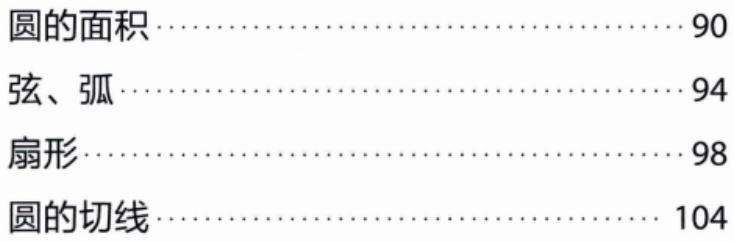
圆的面积\hspace{10em}90\\

弦、弧\hspace{15em}94\\

扇形\hspace{16em}98\\

圆的切线\hspace{12em}104